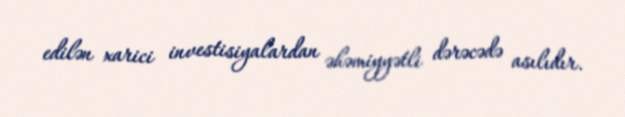
edilən xarici investisiyalardan əhəmiyyətli dərəcədə asılıdır.